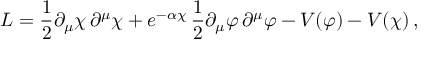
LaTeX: { \cal L } = \frac { 1 } { 2 } \partial _ { \mu } \chi \, \partial ^ { \mu } \chi + e ^ { - \alpha \chi } \, \frac { 1 } { 2 } \partial _ { \mu } \varphi \, \partial ^ { \mu } \varphi - V ( \varphi ) - V ( \chi ) \, ,